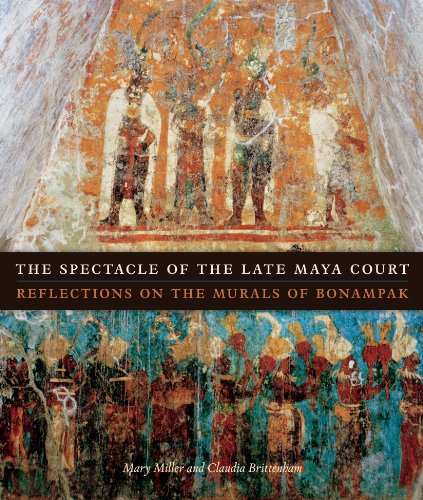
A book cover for The Spectacle of the Late Maya Court: Reflections on the Murals of Bonampak (The William and Bettye Nowlin Series in Art, History, and Culture of the Western Hemisphere); Mary Miller; History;